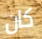
كان